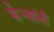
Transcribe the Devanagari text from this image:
फेऱ्यांनी